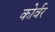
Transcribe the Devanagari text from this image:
कोर्वर